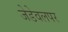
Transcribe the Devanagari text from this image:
जेडेवलपर